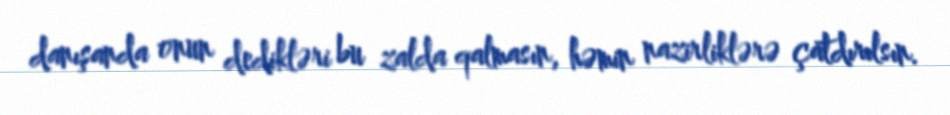
danışanda onun dedikləri bu zalda qalmasın, həmin nazirliklərə çatdırılsın.